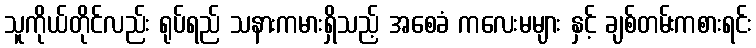
သူကိုယ်တိုင်လည်း ရုပ်ရည် သနားကမားရှိသည့် အစေခံ ကလေးမများ နှင့် ချစ်တမ်းကစားရင်း